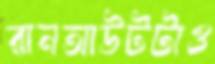
রানআউটটাও